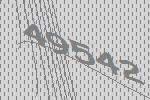
49542